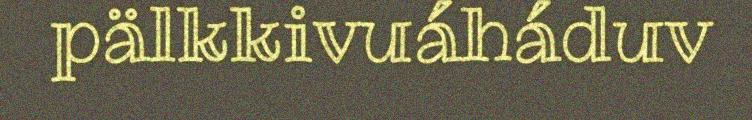
pälkkivuáháduv